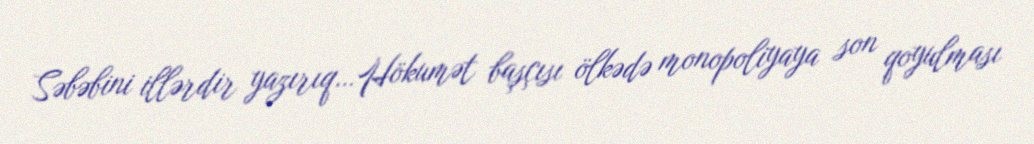
Səbəbini illərdir yazırıq…Hökumət başçısı ölkədə monopoliyaya son qoyulması